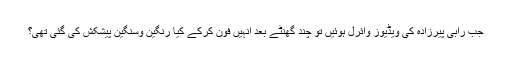
جب رابی پیرزادہ کی ویڈیوز وائرل ہوئیں تو چند گھنٹے بعد انہیں فون کرکے کیا رنگین وسنگین پیشکش کی گئی تھی؟